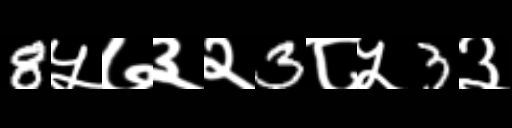
Text: 8५७३२3८५3३